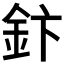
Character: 𮡬